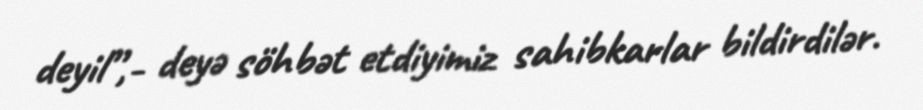
deyil”,- deyə söhbət etdiyimiz sahibkarlar bildirdilər.